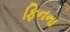
ફિનના